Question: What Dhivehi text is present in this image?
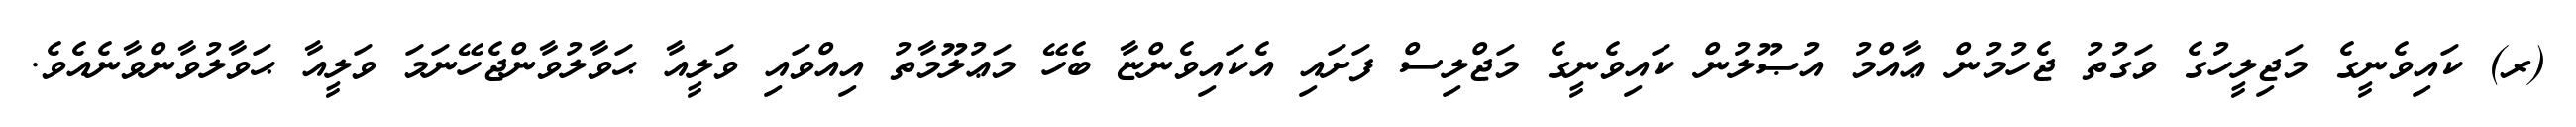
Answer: (ރ) ކައިވެނީގެ މަޖިލީހުގެ ވަގުތު ޖެހުމުން ޢާއްމު އުޞޫލުން ކައިވެނީގެ މަޖްލިސް ފަށައި އެކައިވެންޏާ ބެހޭ މަޢުލޫމާތު އިއްވައި ވަލީއާ ޙަވާލުވާންޖެހޭނަމަ ވަލީއާ ޙަވާލުވާންވާނެއެވެ.